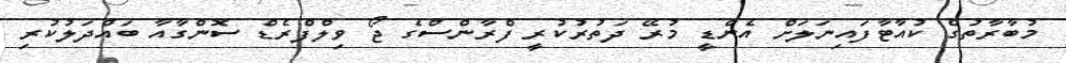
މުބާރާތުގެ ކުއާޓާފައިނަލަށް އެންޑީ މުރޭ ދަތުރުކުރީ ފްރާންސްގެ ޖޯ ވިލްފްރެޑް ސޮންގާއާ ބައްދަލުކުރި